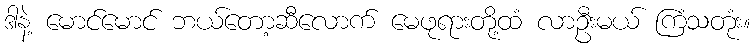
ဒါနဲ့ မောင်မောင် ဘယ်တော့ဆီလောက် မေဖုရားတို့ထံ လာဦးမယ် ကြံသတုံး။